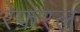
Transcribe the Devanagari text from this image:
रेफ़रल